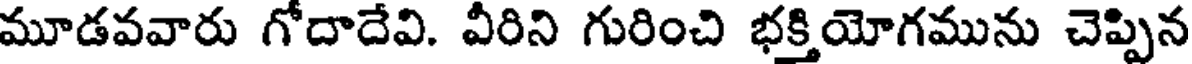
మూడవవారు గోదాదేవి. వీరిని గురించి భక్తియోగమును చెప్పిన